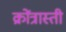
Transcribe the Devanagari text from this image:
क्रोंत्रास्ती